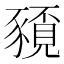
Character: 𮙤